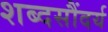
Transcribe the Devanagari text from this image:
शब्दसौंदर्य